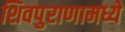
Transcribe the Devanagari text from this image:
शिवपुराणामध्ये